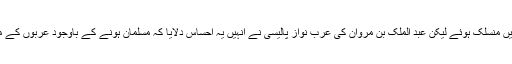
موالی شروع میں تو رشتہ محبت میں منسلک ہوئے لیکن عبد الملک بن مروان کی عرب نواز پالیسی نے انہیں یہ احساس دلایا کہ مسلمان ہونے کے باوجود عربوں کے مساوی درجہ کے مستحق نہیں ہیں۔